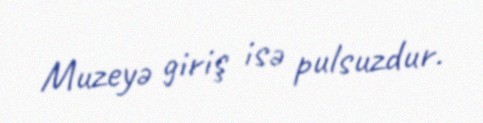
Muzeyə giriş isə pulsuzdur.